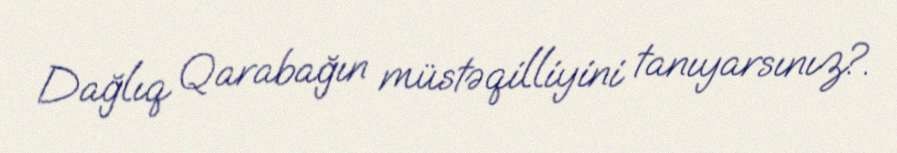
Dağlıq Qarabağın müstəqilliyini tanıyarsınız?.